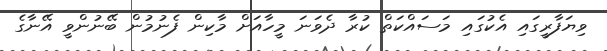
ވިޔަފާރީގައި އެކުގައި މަސައްކަތް ކުރާ ދެވަނަ މީހާއަށް މާކިން ފެނުމުން ބޭނުންވީ އޭނާގެ